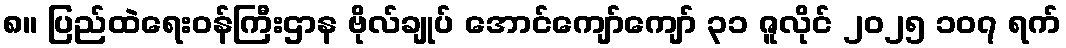
၈။ ပြည်ထဲရေးဝန်ကြီးဌာန ဗိုလ်ချုပ် အောင်ကျော်ကျော် ၃၁ ဇူလိုင် ၂၀၂၅ ၁၀၇ ရက်